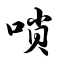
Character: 唢